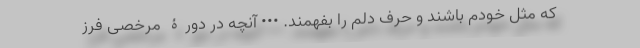
که مثل خودم باشند و حرف دلم را بفهمند. ••• آنچه در دورۀ مرخصی فرز